Report on vaccination in Madras 1895-1903 - 1895-1903
Year: 1895
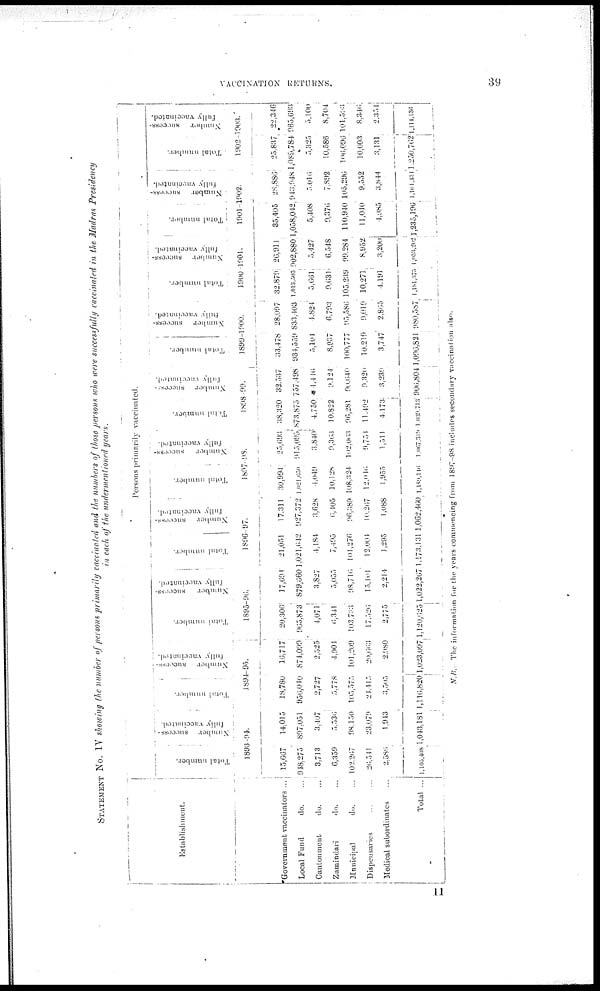
VACCINATION RETURNS.
39
STATEMENT No. IV showing the number of persons primarily vaccinated and the numbers of those persons who were successfully vaccinated in the Madras Presidency
in each of the undermentioned years.
Establishment.
Government vaccinators ...
Local Fund
do. ...
Cantonment
do. ...
Zamindari
do. ...
Municipal
do. ...
Dispensaries ... ...
Medical subordinates ...
Total ...
Persons primarily vaccinated.
Total number.
Number
success-
fully
vaccinated.
1893-94.
15,667
918,275
3,713
6,359
102,267
26,511
2,586
1,105,408
14,015
897,051
3,407
5,536
98,150
23,079
1,943
1,043,181
Total number.
Number
success-
fully vaccinated.
1894-95.
18,780
956,010
2,727
5,778
105,575
21,415
3,505
1,116,820
16,717
874,099
2,525
4,901
101,209
20,663
2,980
1,023,097
Total number.
Number
success-
fully vaccinated.
1895-96.
20,306
965,873
4,071
6,341
103,733
17,526
2,775
1,120,625
17,691
879,660
3,827
5,055
98,719
15,101
2,214
1,022,267
Total number.
Number
success-
fully vaccinated.
1896-97.
21,051
1,021,642
4,184
7,495
101,276
12,001
1,295
1,173,131
17,311
927,372
3,628
6,105
96,389
10,267
1,088
1,062,460
Total number.
Number
success-
fully vaccinated.
1897-98.
30,994
1,021,650
4,049
10,128
108,324
12,016
1,955
l,l89,116
25,693
915,095
3,840
9,363
102,063
9,754
1,511
1,067,319
Total number.
Number
success-
fully vaccinated.
1898-99.
38,320
873,875
4,750,
10,822
96,281
11,492
4,173
1,039,713
32,537
757,498
* 1,416
9,124
90,640
9,320
3,239
906,804
Total number.
Number success-
fully vaccinated.
1899-1900.
33,478
934,559
5,101
8,937
100,777
10,219
3,747
1,090,821
28,097
833,403
4,824
6,793
95,586
9,019
2,865
980,587
Total number.
Number success-
fully vaccinated.
1900-1901.
32,879
1,013,503
5,661
9,631
105,239
10,271
4,191
1,181,375
26,911
902,880
5,427
6,548
99,284
8,952
3,200
1,053,202
Total number.
Number
success-
fully vaccinated.
1901-1002.
35,405
1,058,042
5,408
9,376
110,940
11,040
4,985
1,235,196
28,886
943,948
5,016
7,892
105,296
9,552
3,844
1,101,131
Total number.
Number
success-
fully vaccinated.
1902-1903.
25,837
1,089,784
5,325
10,586
106,096
10,003
3,131
250,762
22,346
965,693
5,100
8,704
101,593
8,346
2,354
1,114,136
N.B . The information for the years commencing from 1897-98 includes secondary vaccination also.
11